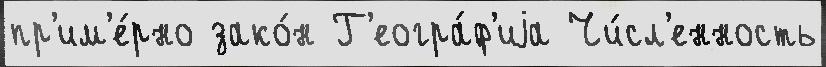
пр'им'е́рно зако́н Г'еогра́ф'иjа Чи́сл'енность